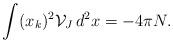
LaTeX: \begin{align*}\int (x_{k})^{2}{\mathcal{V}}_{J} \, d^{2}x= -4\pi N.\end{align*}